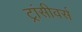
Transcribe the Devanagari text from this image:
ट्रांसीवर्स